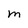
Character: M